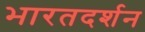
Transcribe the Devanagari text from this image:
भारतदर्शन